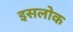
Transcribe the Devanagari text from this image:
इसलोक